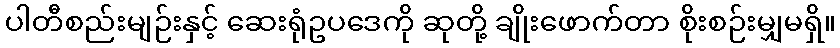
ပါတီစည်းမျဉ်းနှင့် ဆေးရုံဥပဒေကို ဆုတို့ ချိုးဖောက်တာ စိုးစဉ်းမျှမရှိ။